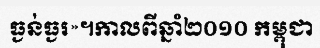
ធ្ងន់ធ្ងរ»។កាលពីឆ្នាំ២០១០ កម្ពុជា